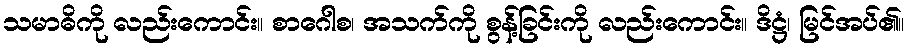
သမာဓိကို လည်းကောင်း။ စာဂေါစ၊ အသက်ကို စွန့်ခြင်းကို လည်းကောင်း။ ဒိဋ္ဌံ၊ မြင်အပ်၏။